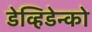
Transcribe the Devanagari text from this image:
डेव्हिडेन्को